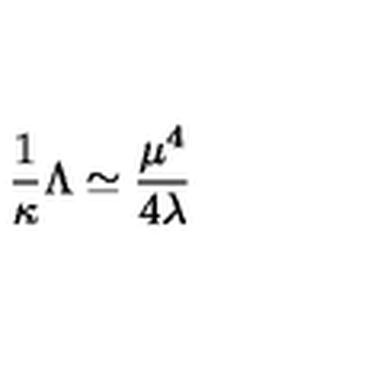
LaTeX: \frac { 1 } { \kappa } \Lambda \simeq \frac { \mu ^ { 4 } } { 4 \lambda }